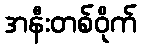
အနီးတစ်ဝိုက်